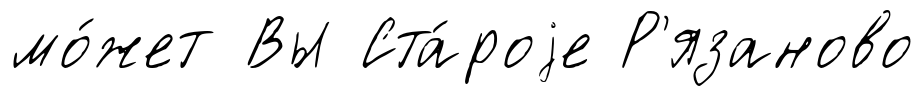
мо́жет Вы Ста́роjе Р'язаново